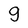
Character: g